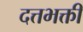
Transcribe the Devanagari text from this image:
दत्तभक्ती